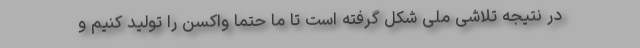
در نتیجه تلاشی ملی شکل گرفته است تا ما حتما واکسن را تولید کنیم و